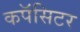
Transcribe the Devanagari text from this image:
कपॅसिटर